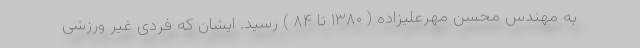
به مهندس محسن مهرعلیزاده ( ۱۳۸۰ تا ۸۴ ) رسید. ایشان که فردی غیر ورزشی